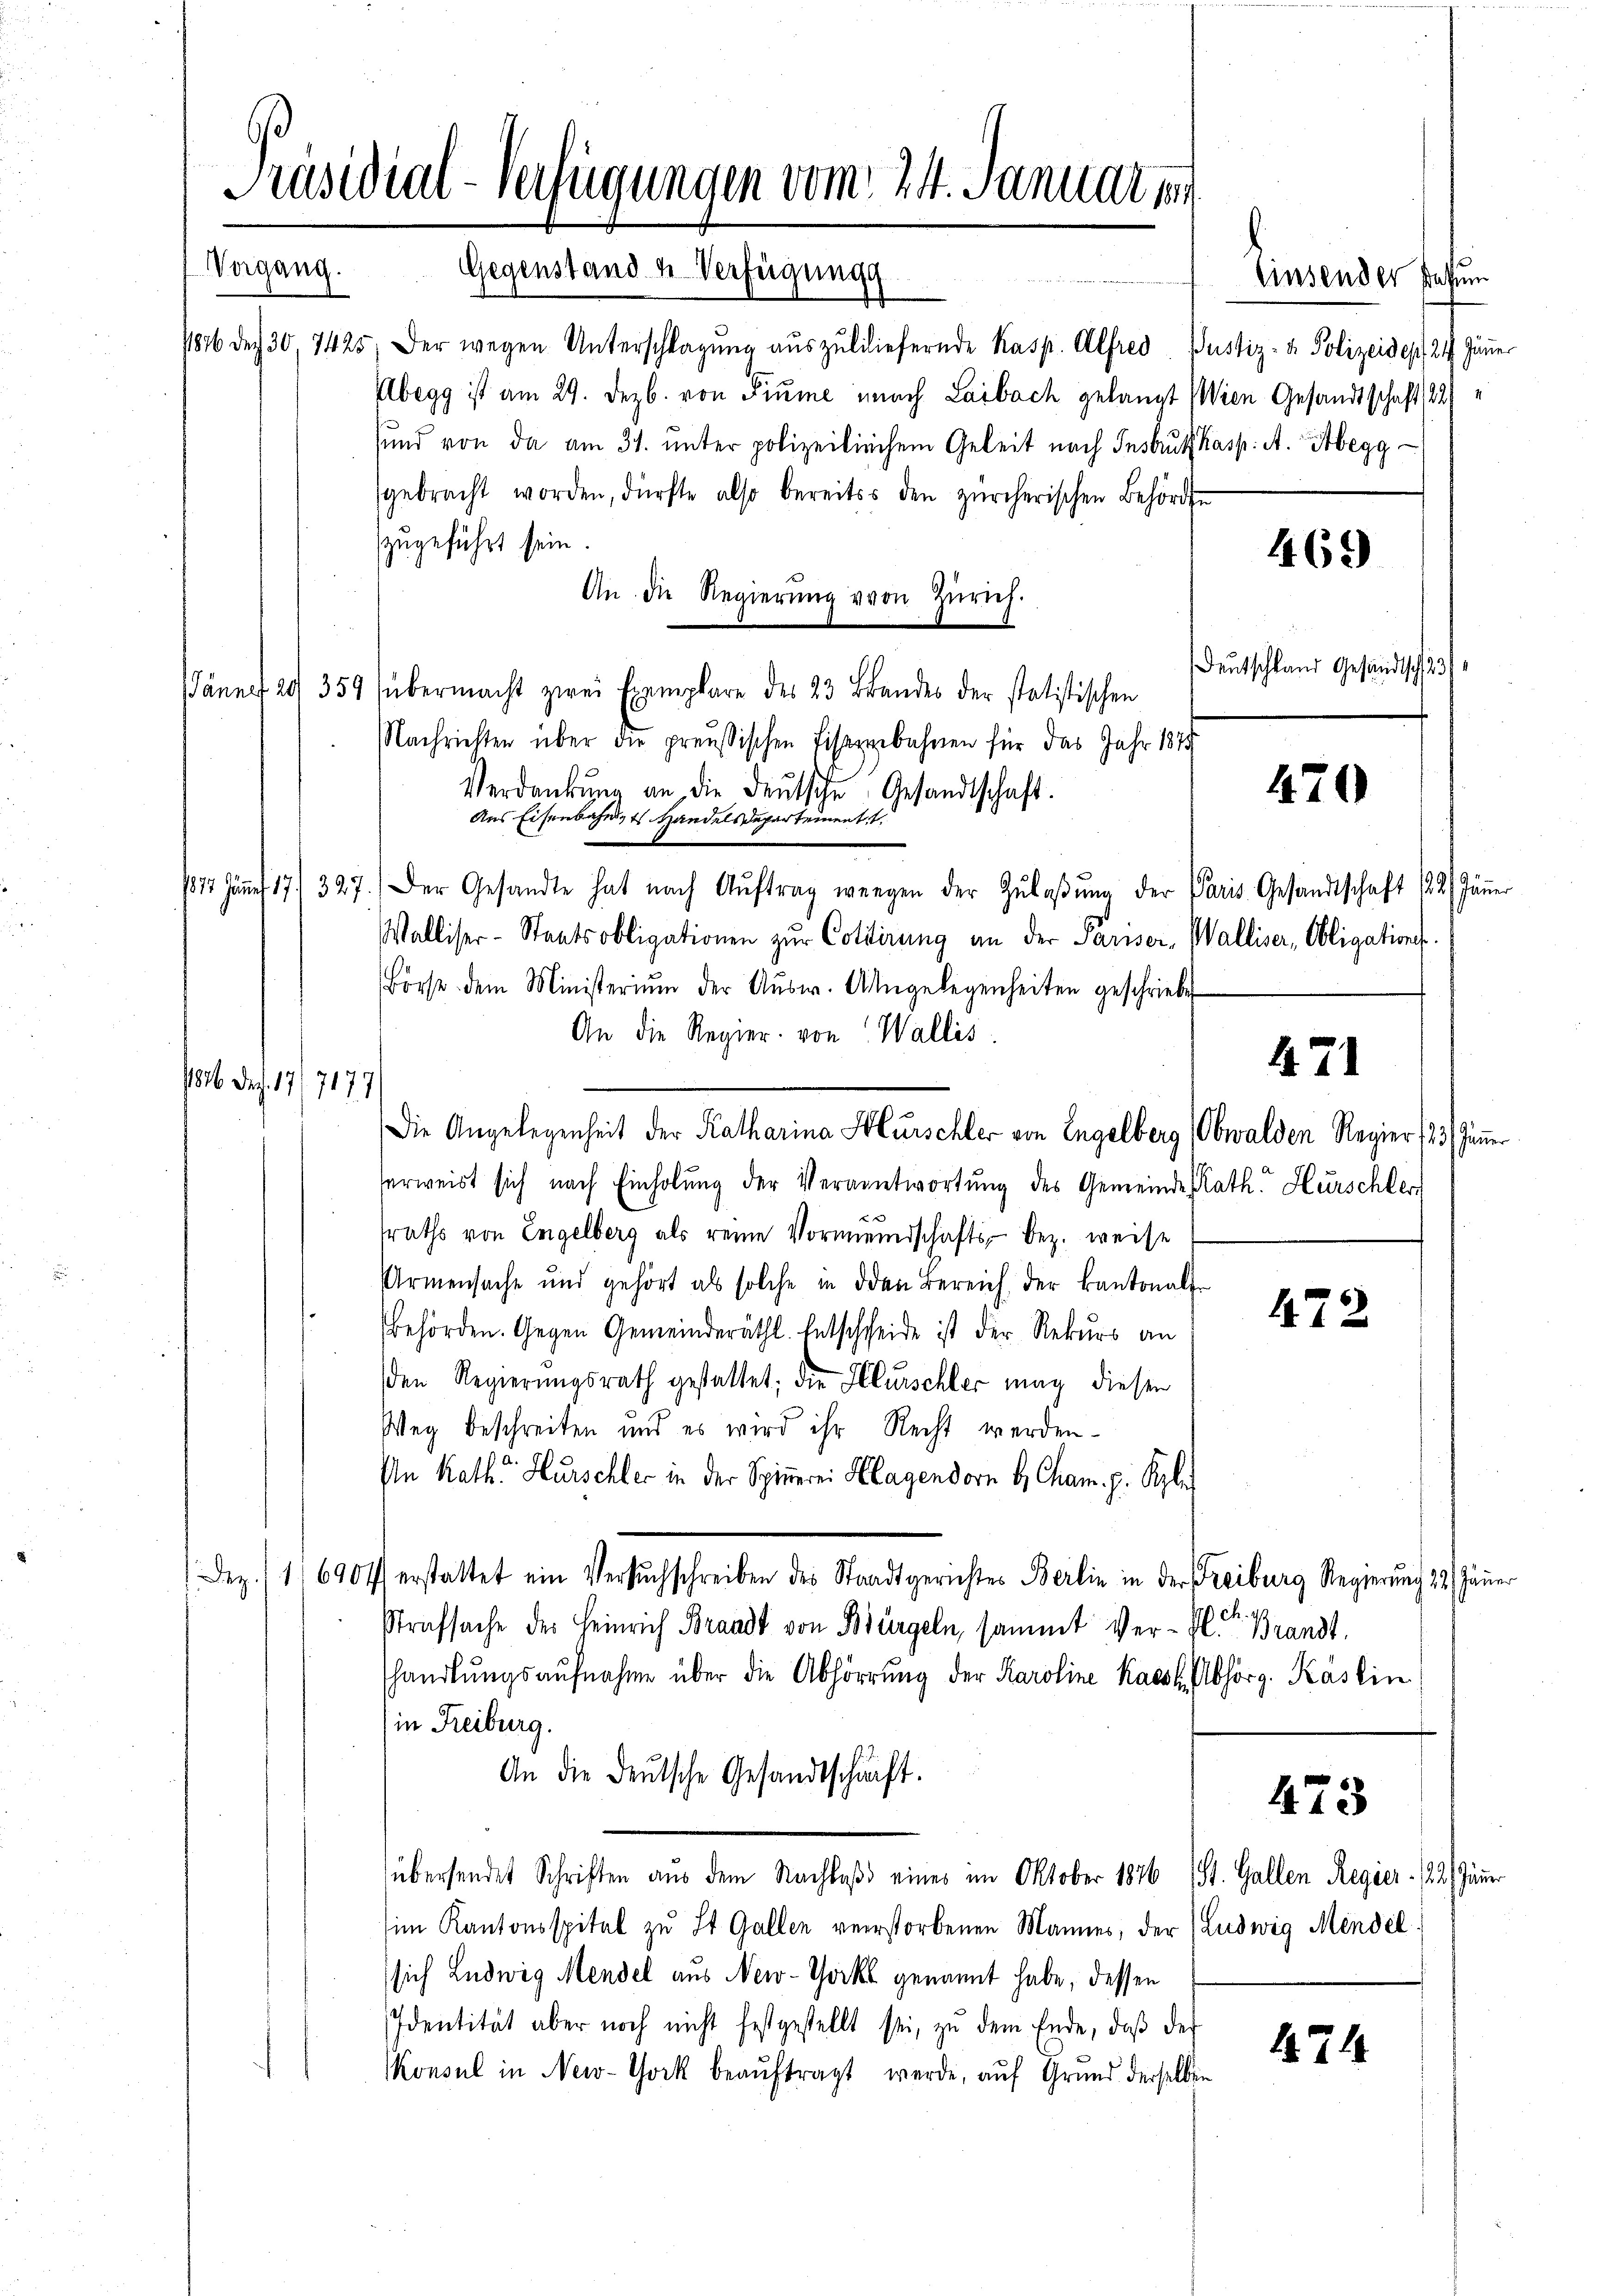
Präsidial-Verfügungen vom 24. Januar 19
Vergang. Gegenstand u Verfügung

1876 des 30, 7425, der wegen Unterschlagung aŭszŭliliefernde Kasp. Alfred Justiz- & Polizeides, 24 Jänner
Abegg ist am 29. Dezb. von Fiume nach Laibach gelangt Wien Gesandtschaft 22)
sund von da am 31. ŭnter polizeilichem Geleit nach Insbruck kasp. A. Abegg
gebracht worden, dürfte also bereits den zürcherischen Behörde
zugeführt sein.
An die Regierŭng von Zürich.
Pännff 29 359 (übermacht zwei Exemplare des 23 Brandes der statistischen
Nachrichten über die preußischen Eisengebahnen für das Jahr 1845
Verdankŭng an die Deutsche Gesandtschaft.
Aus Eisenbahnsts Handels Departement
1812. Jänner 17/ 327.) Der Gesandte hat nach Aŭftrag wegen der Zŭlaβŭng der Paris Gesandtschaft 12. Jänner
Walliser-Staatsobligationen zŭr Cotdirung an der Pariser-Walliser, Obligations-
Börse dem Ministerium der Aŭsw. Angelegenheiten geschriebe
An die Regier von Wallis.
Die Angelegenheit der Katharina Hurschler von Engelberg (Obwalden Regier (15. Jänner
serweist sich nach Einholŭng der Verantwortung des Gemeindes Rath Hurschler
traths von Engelberg als reine Vormeindschafts- bez. weise
Armensache und gehört als solche in den Bereich der kantonal-
472
behörden. Gegen Gemeinderäthl. Entscheide ist der Rekurs an
den Regierŭngsrath gestattet; die Flurschler mag diesen
Weg beschreiten und es wird ihr Recht werden.
In Kath. Hurschler in der Spinnerei Klagendorn H. Cham. p. Spe
Dez. 16904 erstattet ein Versuchschreiben des Stadtgerichtes Berlin in der Freiburg Regierung 22. Jänn
ch.
Strafsache des Heinrich Brandt von Bürgeln, sammt Ver-Fl. Brandt,
shandlŭngsaŭfnahme über die Abhörrŭng der Karoline Kaest. Abhörg. Käslin
in Freiburg.
An die deutsche Gesandtschaft.
473
übersendet Schriften aus dem Nachlaß eines im Oktober 1876 (St. Gallen Regier (23. Jänner
sim Kantonsspital zu St. Gallen verstorbenen Mannes, der (Ludwig Mendel
(sich Ludwig Mendel aus New-York genannt habe, dessen
Identität aber noch nicht festgestellt sei, zu dem Ende, daß der
424
Konsul in New-York beauftragt werde, auf Grund derselben

136. Dec. 17/7177

Einsender fahrun

469)

Deutschland Gesundtsch 23/

420

471